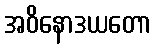
အဝိနောဒယတော